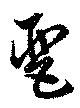
琶